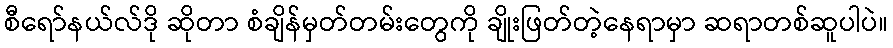
စီရော်နယ်လ်ဒို ဆိုတာ စံချိန်မှတ်တမ်းတွေကို ချိုးဖြတ်တဲ့နေရာမှာ ဆရာတစ်ဆူပါပဲ။